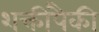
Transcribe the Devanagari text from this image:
शक्तींपैकी